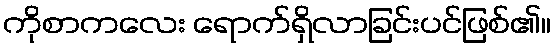
ကိုစာကလေး ရောက်ရှိလာခြင်းပင်ဖြစ်၏။